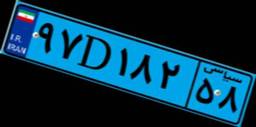
۹۷D۱۸۲۵۸